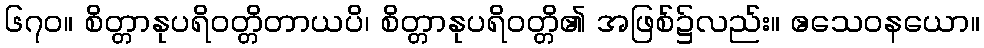
၆၇၀။ စိတ္တာနုပရိဝတ္တိတာယပိ၊ စိတ္တာနုပရိဝတ္တိ၏ အဖြစ်၌လည်း။ ဧသေဝနယော။